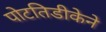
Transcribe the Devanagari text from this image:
पोटतिडीकेने